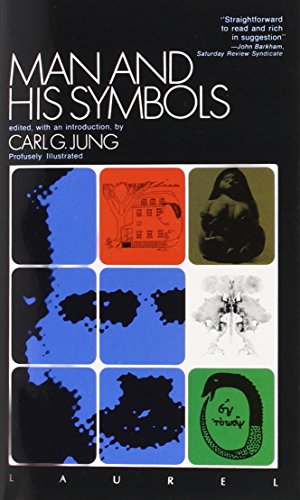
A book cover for Man and His Symbols; Science & Math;